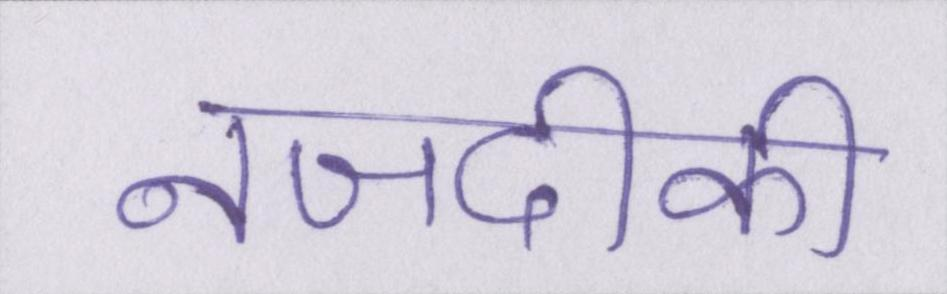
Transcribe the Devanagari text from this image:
नजदीकी